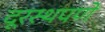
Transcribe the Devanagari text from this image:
दूरस्थपणे